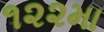
૧૨૨મા